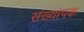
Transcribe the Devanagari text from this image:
संख्यापक